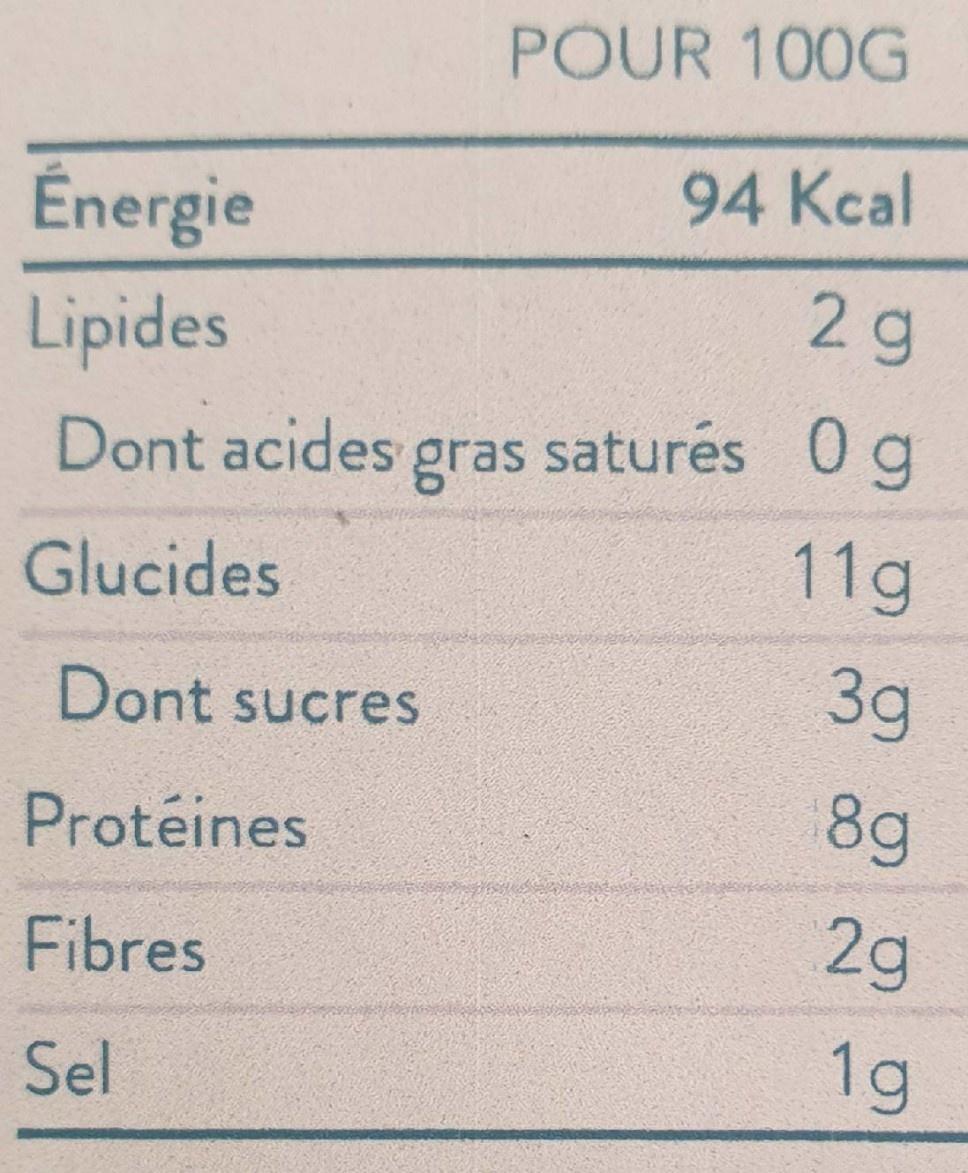
POUR 100G
94 Kal
Énergie
2g
Lipides
Dont acides gras saturés 0 g 11g
Glucides
Dont sucres
3g
Protéines
8g
Fibres
2g
Sel
1g